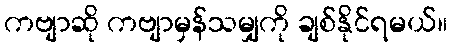
ကဗျာဆို ကဗျာမှန်သမျှကို ချစ်နိုင်ရမယ်။